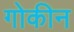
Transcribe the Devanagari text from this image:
गोकीन